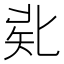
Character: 𠤜